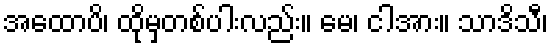
အထောပိ၊ ထိုမှတစ်ပါးလည်း။ မေ၊ ငါအား။ သာဒိသီ၊